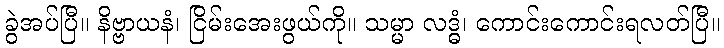
ခွဲအပ်ပြီ။ နိဗ္ဗာယနံ၊ ငြိမ်းအေးဖွယ်ကို။ သမ္မာ လဒ္ဓံ၊ ကောင်းကောင်းရလတ်ပြီ။